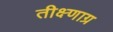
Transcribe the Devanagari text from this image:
तीक्ष्णाग्र